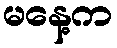
မနေ့က